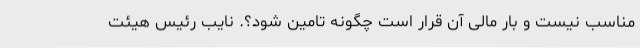
مناسب نیست و بار مالی آن قرار است چگونه تامین شود؟. نایب رئیس هیئت